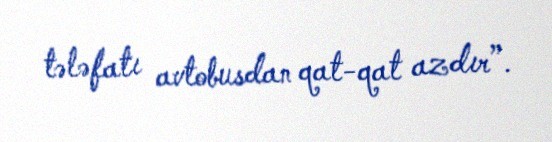
tələfatı avtobusdan qat-qat azdır”.